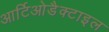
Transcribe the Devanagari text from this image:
आर्टिओडैक्टाइल